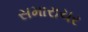
સમારાચર